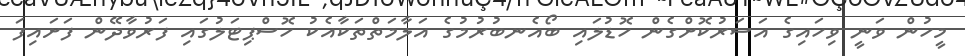
މީހުން ވަނީ ވިހައިގެ އަސަރުކޮށްގެން ހޮޑުލައި ބޯއެނބުރުމުގެ އަލާމަތްތަކާއެކު ހޮސްޕިޓަލުގައި ފަރުވާދޭން ފަށައިފަ